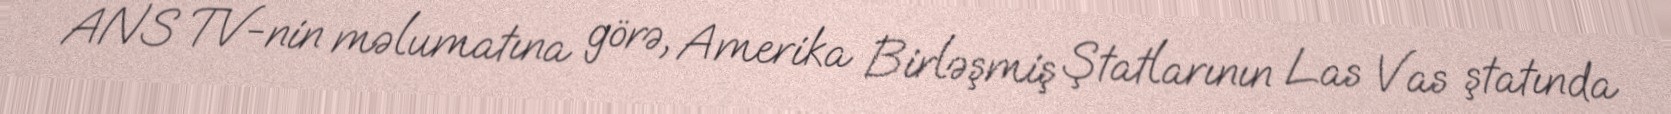
ANS TV-nin məlumatına görə, Amerika Birləşmiş Ştatlarının Las Vas ştatında